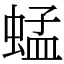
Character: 蜢